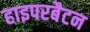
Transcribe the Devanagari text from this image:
हाइपरबैटन